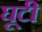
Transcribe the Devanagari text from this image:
घूटी